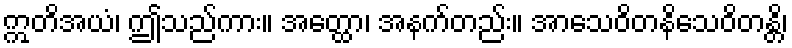
ဣတိအယံ၊ ဤသည်ကား။ အတ္ထော၊ အနက်တည်း။ အာသေဝိတနိသေဝိတန္တိ၊